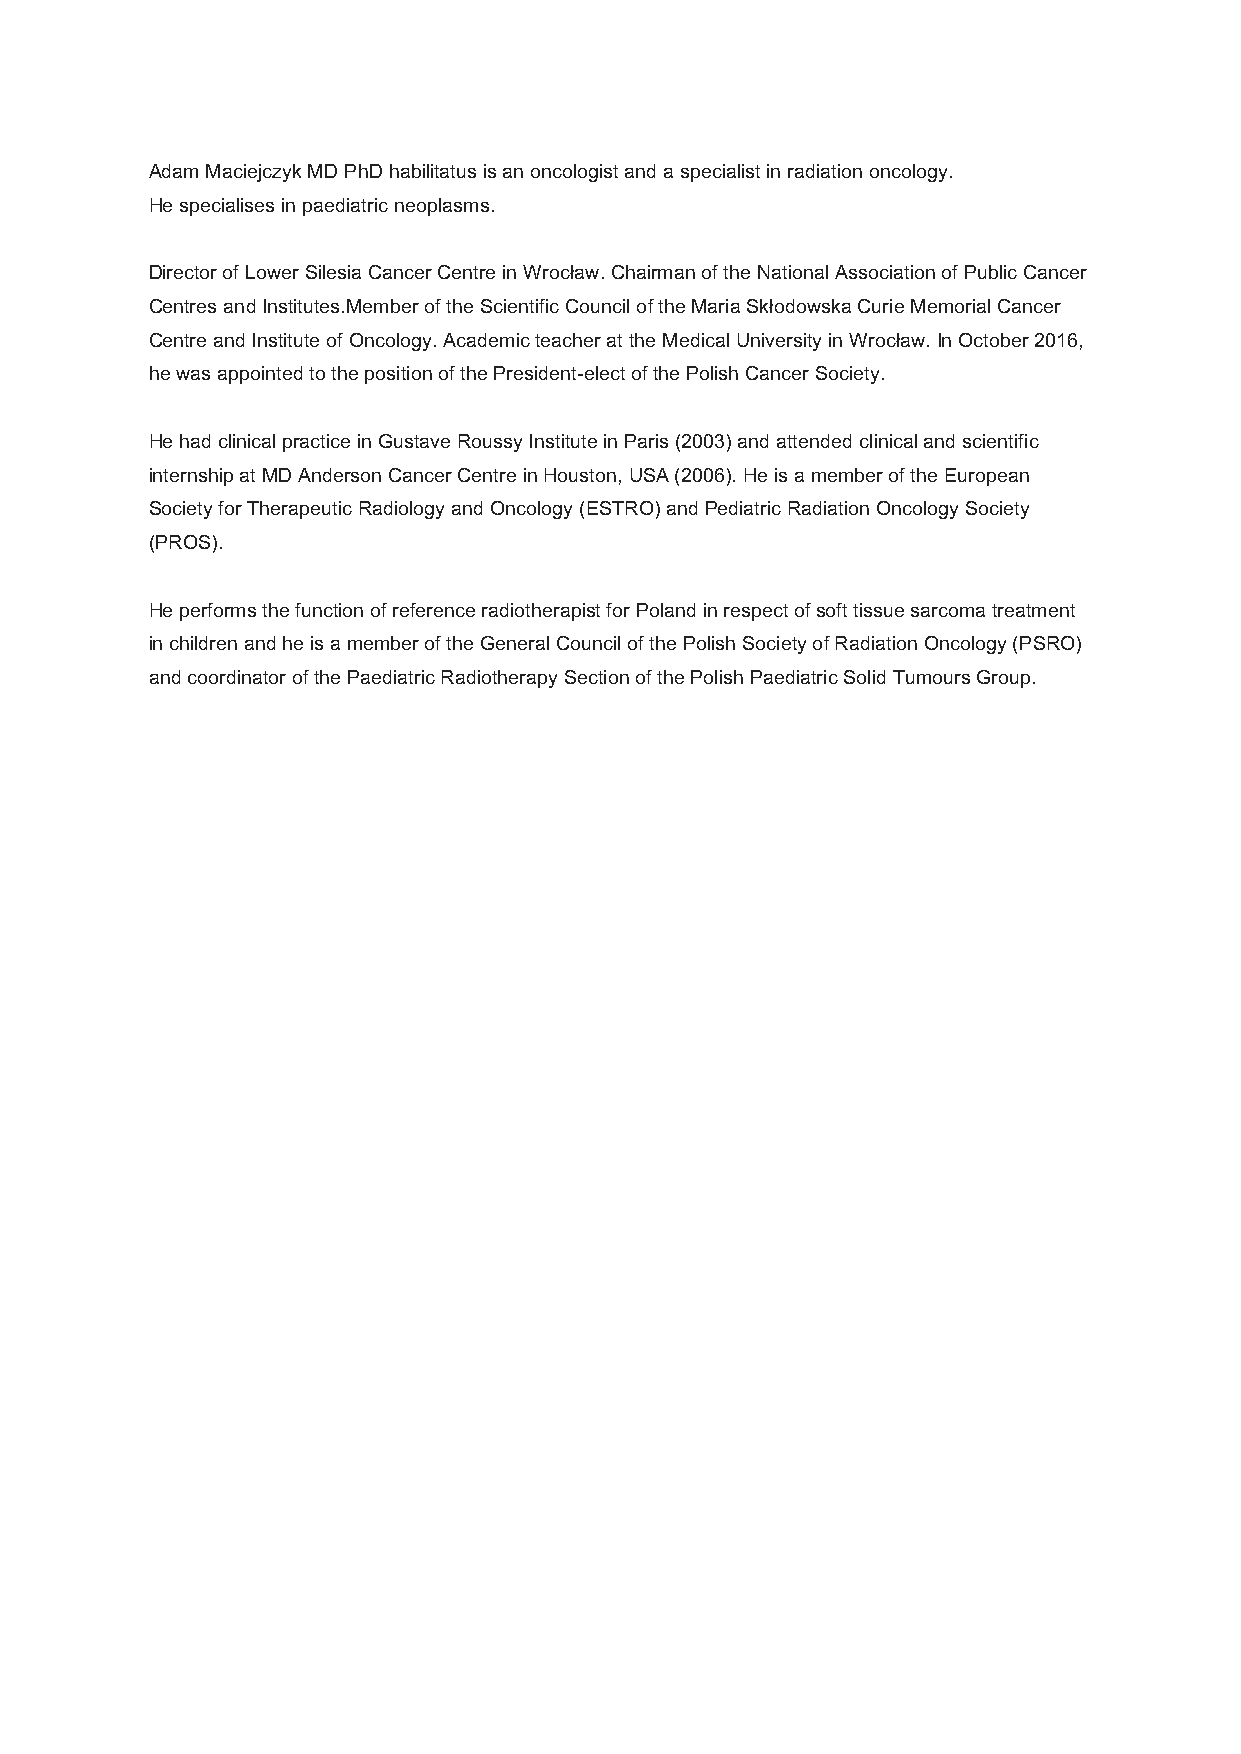
Adam Maciejczyk MD PhD habilitatus is an oncologist and a specialist in radiation oncology.
 He specialises in paediatric neoplasms.
 Director of Lower Silesia Cancer Centre in Wrocław. Chairman of the National Association of Public Cancer
 Centres and Institutes.Member of the Scientific Council of the Maria Skłodowska Curie Memorial Cancer
 Centre and Institute of Oncology. Academic teacher at the Medical University in Wrocław. In October 2016,
 he was appointed to the position of the President-elect of the Polish Cancer Society.
 He had clinical practice in Gustave Roussy Institute in Paris (2003) and attended clinical and scientific
 internship at MD Anderson Cancer Centre in Houston, USA (2006). He is a member of the European
 Society for Therapeutic Radiology and Oncology (ESTRO) and Pediatric Radiation Oncology Society
 (PROS).
 He performs the function of reference radiotherapist for Poland in respect of soft tissue sarcoma treatment
 in children and he is a member of the General Council of the Polish Society of Radiation Oncology (PSRO)
 and coordinator of the Paediatric Radiotherapy Section of the Polish Paediatric Solid Tumours Group.